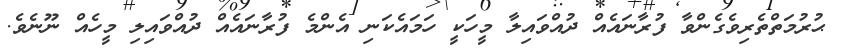
ޙުރުމަތްތެރިވެގެންވާ ފުރާނައެއް ދުއްވައިލާ މީހަކީ ހަމައެކަނި އެންމެ ފުރާނައެއް ދުއްވައިލި މީހެއް ނޫނެވެ.